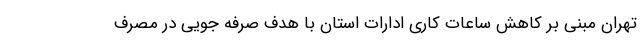
تهران‌ مبنی بر کاهش ساعات کاری ادارات استان با هدف صرفه جویی در مصرف